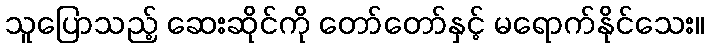
သူပြောသည့် ဆေးဆိုင်ကို တော်တော်နှင့် မရောက်နိုင်သေး။